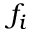
f _ { i }